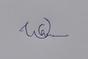
Signature authenticity: genuine